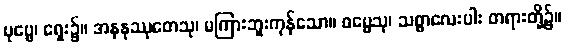
ပုဗ္ဗေ၊ ရှေး၌။ အနနုဿုတေသု၊ မကြားဘူးကုန်သော။ ဓမ္မေသု၊ သစ္စာလေးပါး တရားတို့၌။